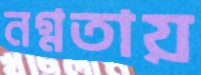
নগ্নতায়